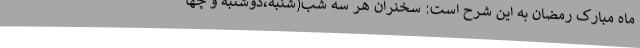
ماه مبارک رمضان به این شرح است: سخنران هر سه شب(شنبه،دوشنبه و چها